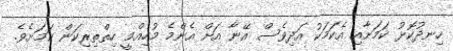
ހިނދުކޮޅު ކަމަށާއި އެކަމަކު އަދިވެސް އޭނާ އަށް އެންމެ މުހިއްމީ ހިތްތިރިކަން ކަމަށެވެ.